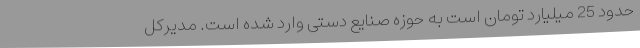
حدود 25 میلیارد تومان است به حوزه صنایع دستی وارد شده است. مدیرکل